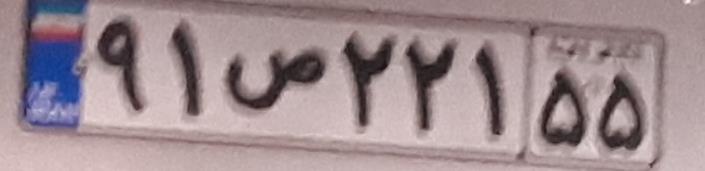
۹۱ص۲۲۱۵۵